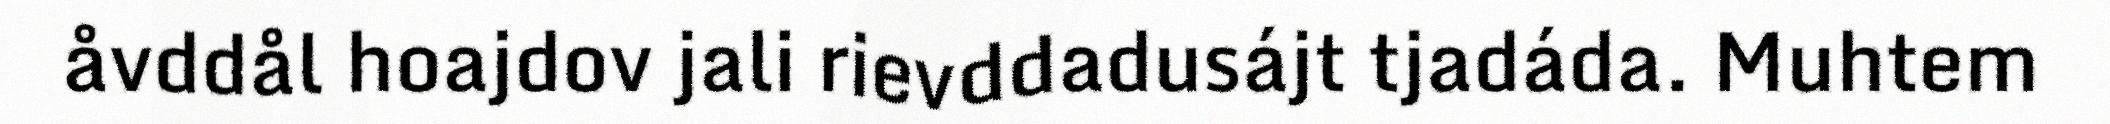
åvddål hoajdov jali rievddadusájt tjadáda. Muhtem